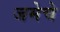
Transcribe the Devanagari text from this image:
जमेचे